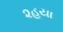
૨હયા